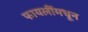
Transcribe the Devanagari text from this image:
फायलींमधून